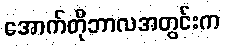
အောက်တိုဘာလအတွင်းက